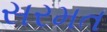
સરમત